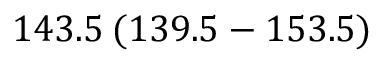
1 4 3 . 5 \: ( 1 3 9 . 5 - 1 5 3 . 5 )